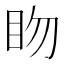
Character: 䀛